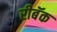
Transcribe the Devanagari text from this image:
रीबॅक